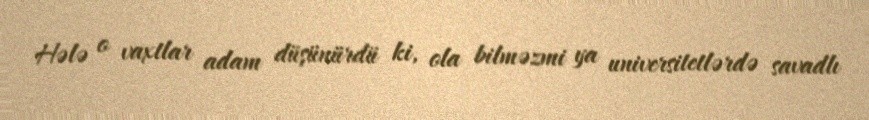
Hələ o vaxtlar adam düşünürdü ki, ola bilməzmi ya universitetlərdə savadlı